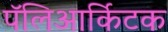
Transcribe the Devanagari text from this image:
पॅलिआर्किटक